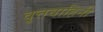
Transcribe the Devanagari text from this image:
वृ्त्तवाहिनी